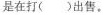
是在打（）出售。